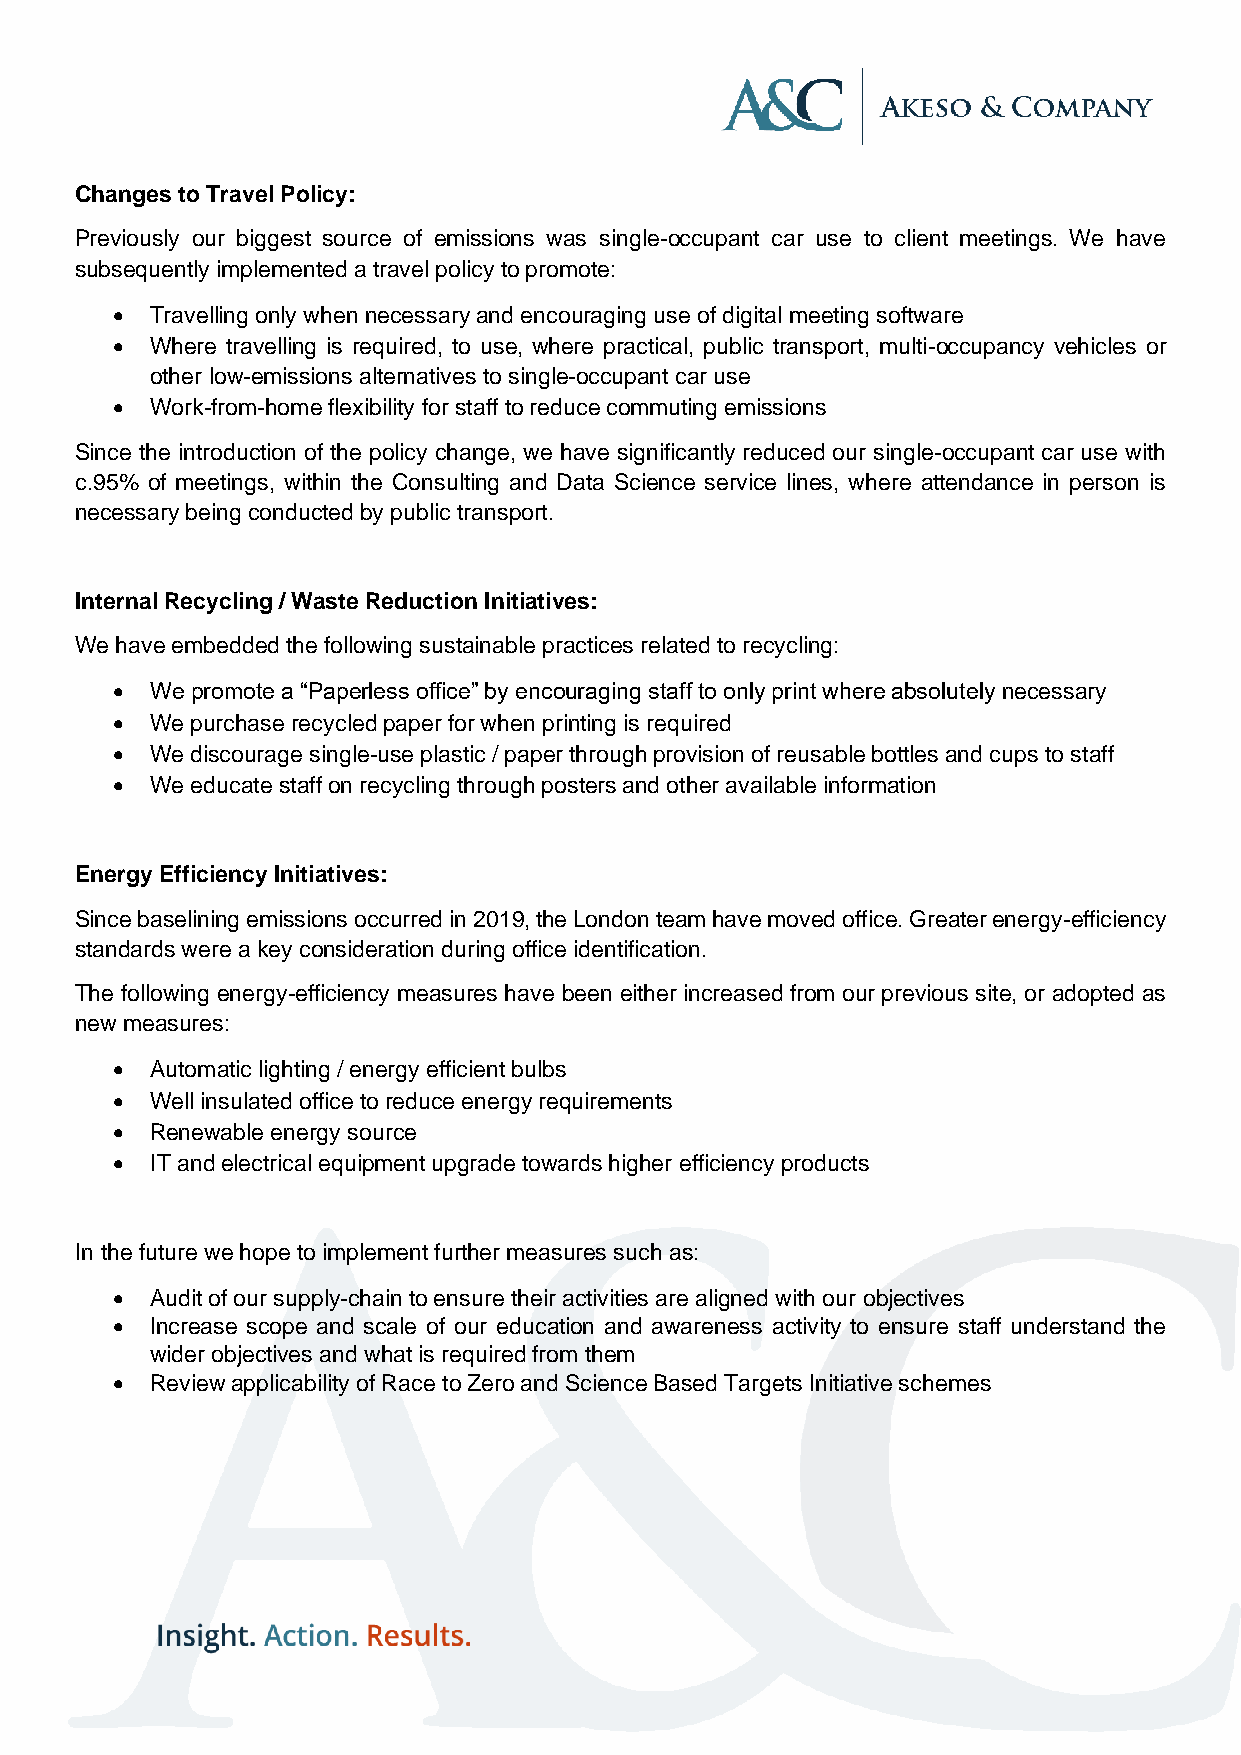
Changes to Travel Policy:
 Previously our biggest source of emissions was single-occupant car use to client meetings. We have
 subsequently implemented a travel policy to promote:
 •  Travelling only when necessary and encouraging use of digital meeting software
 •  Where travelling is required, to use, where practical, public transport, multi-occupancy vehicles or
 other low-emissions alternatives to single-occupant car use
 •  Work-from-home flexibility for staff to reduce commuting emissions
 Since the introduction of the policy change, we have significantly reduced our single-occupant car use with
 c.95% of meetings, within the Consulting and Data Science service lines, where attendance in person is
 necessary being conducted by public transport.
 Internal Recycling / Waste Reduction Initiatives:
 We have embedded the following sustainable practices related to recycling:
 •  We promote a “Paperless office” by encouraging staff to only print where absolutely necessary
 •  We purchase recycled paper for when printing is required
 •  We discourage single-use plastic / paper through provision of reusable bottles and cups to staff
 •  We educate staff on recycling through posters and other available information
 Energy Efficiency Initiatives:
 Since baselining emissions occurred in 2019, the London team have moved office. Greater energy-efficiency
 standards were a key consideration during office identification.
 The following energy-efficiency measures have been either increased from our previous site, or adopted as
 new measures:
 •  Automatic lighting / energy efficient bulbs
 •  Well insulated office to reduce energy requirements
 •  Renewable energy source
 •  IT and electrical equipment upgrade towards higher efficiency products
 In the future we hope to implement further measures such as:
 •  Audit of our supply-chain to ensure their activities are aligned with our objectives
 •  Increase scope and scale of our education and awareness activity to ensure staff understand the
 wider objectives and what is required from them
 •  Review applicability of Race to Zero and Science Based Targets Initiative schemes